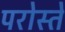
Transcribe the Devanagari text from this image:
परोस्ते